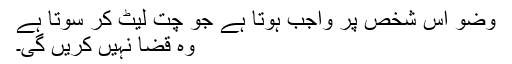
وضو اس شخص پر واجب ہوتا ہے جو چت لیٹ کر سوتا ہے
وہ قضا نہیں کریں گی۔